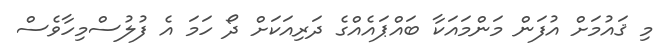
މި ޤައުމަށް އުފަން މަންމައަކާ ބައްޕައެއްގެ ދަރިއަކަށް ދޯ ހަމަ އެ ފުލުސްމިހާވެސް